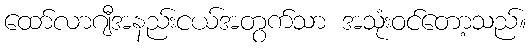
ထော်လာဂျီအနည်းငယ်အတွက်သာ အသုံးဝင်တော့သည်။